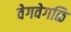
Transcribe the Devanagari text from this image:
वेगवेगळि